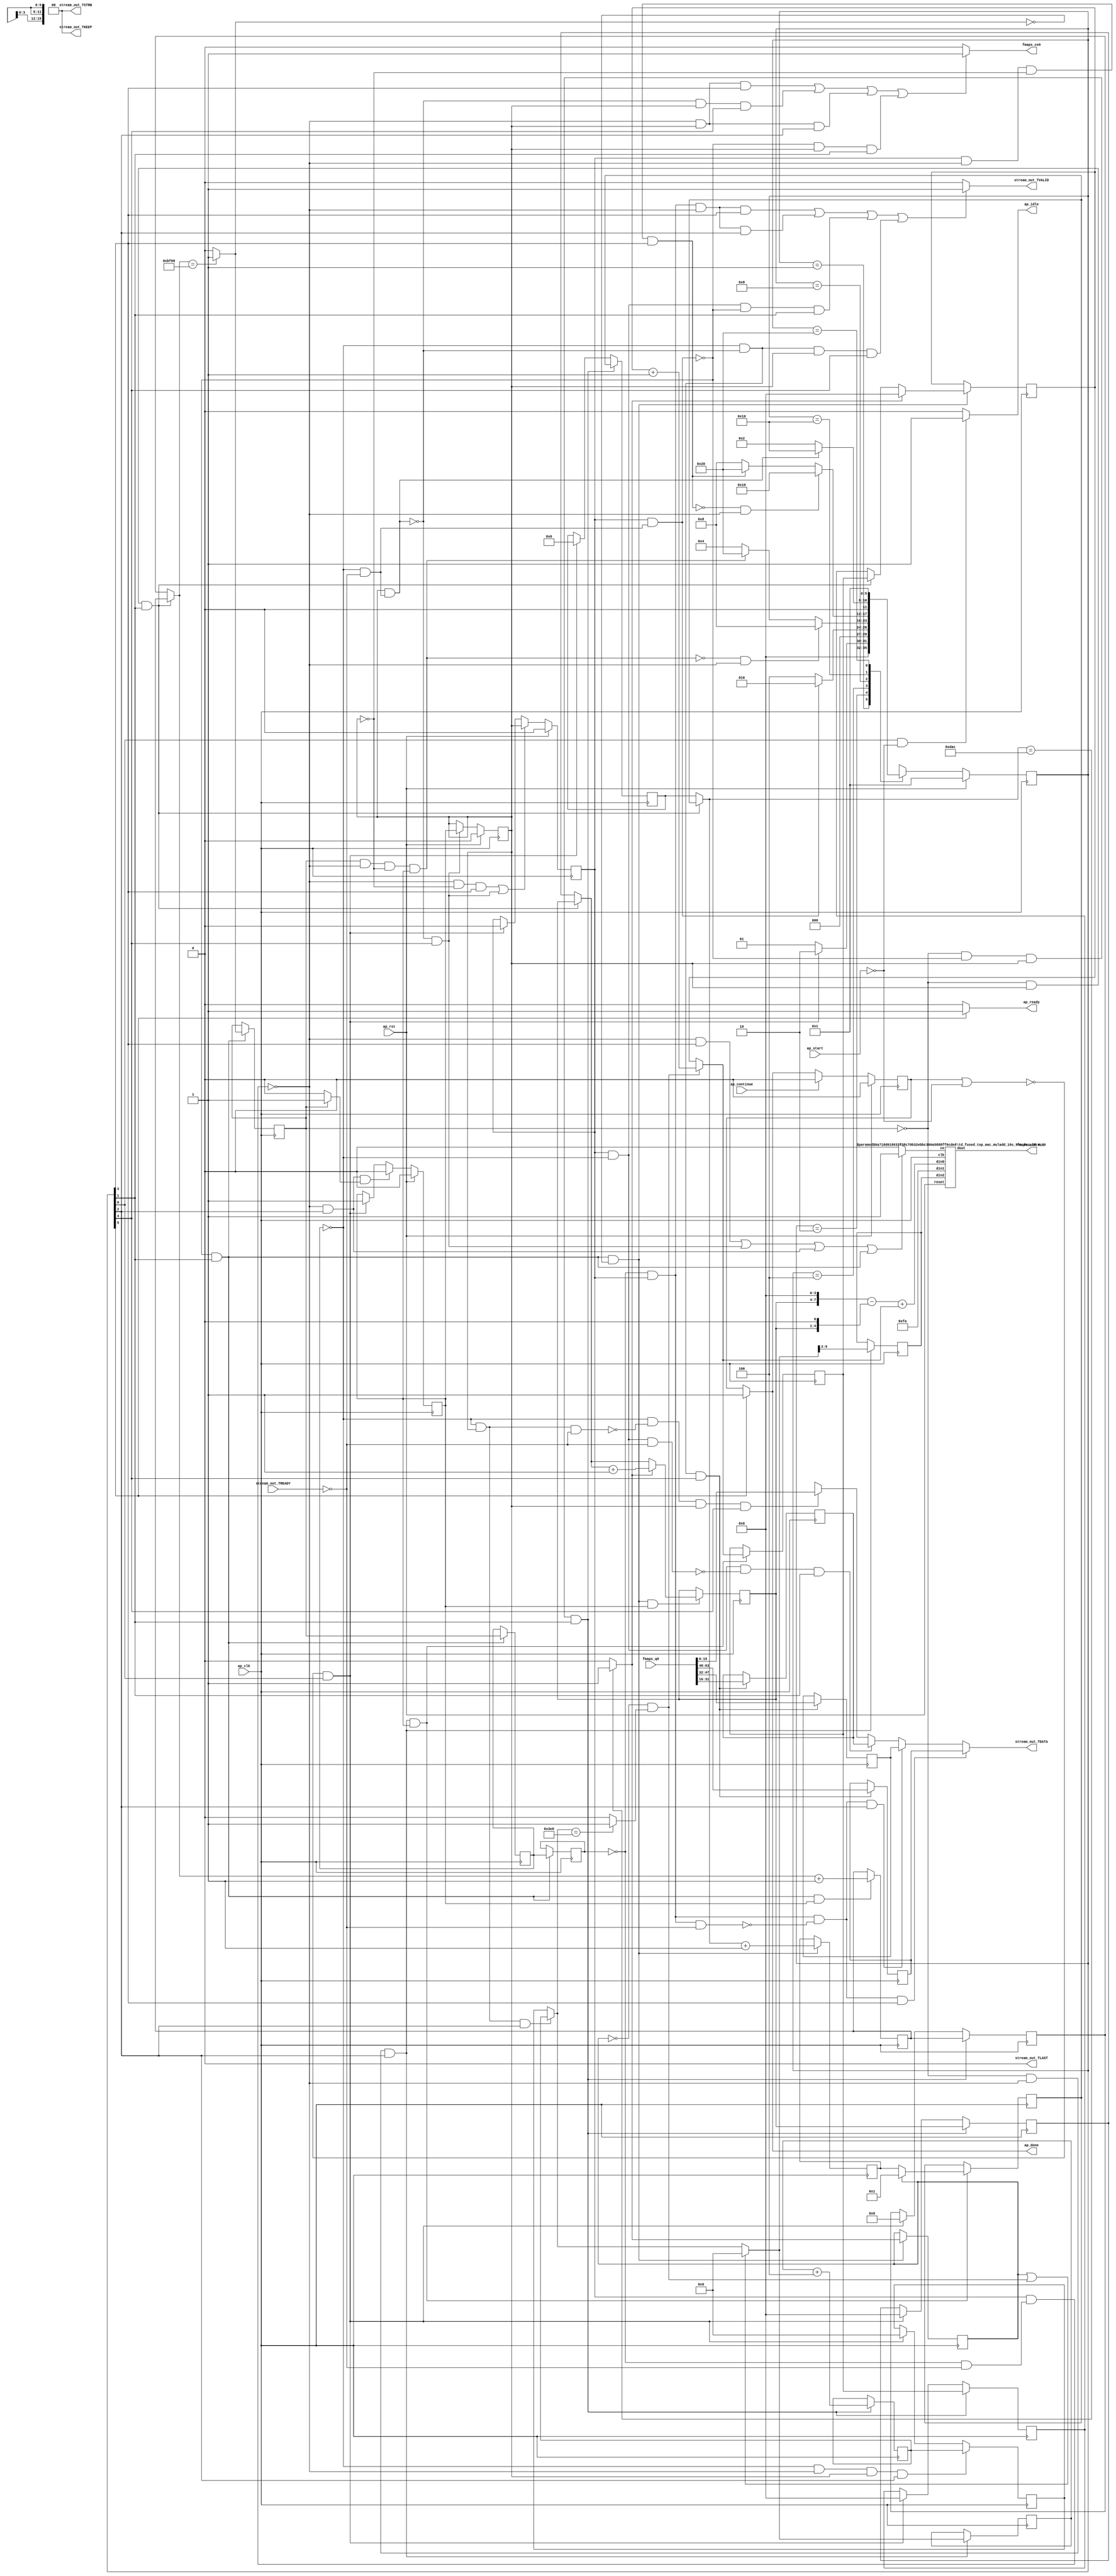
`define EXPONENT 5
`define MANTISSA 10
`define ACTUAL_MANTISSA 11
`define EXPONENT_LSB 10
`define EXPONENT_MSB 14
`define MANTISSA_LSB 0
`define MANTISSA_MSB 9
`define MANTISSA_MUL_SPLIT_LSB 3
`define MANTISSA_MUL_SPLIT_MSB 9
`define SIGN 1
`define SIGN_LOC 15
`define DWIDTH (`SIGN+`EXPONENT+`MANTISSA)
`define IEEE_COMPLIANCE 1

module td_fused_top_td_fused_axi_out (
        ap_clk,
        ap_rst,
        ap_start,
        ap_done,
        ap_continue,
        ap_idle,
        ap_ready,
        fmaps_address0,
        fmaps_ce0,
        fmaps_q0,
        stream_out_TDATA,
        stream_out_TVALID,
        stream_out_TREADY,
        stream_out_TKEEP,
        stream_out_TSTRB,
        stream_out_TLAST
);

parameter    ap_ST_fsm_state1 = 6'd1;
parameter    ap_ST_fsm_pp0_stage0 = 6'd2;
parameter    ap_ST_fsm_pp0_stage1 = 6'd4;
parameter    ap_ST_fsm_pp0_stage2 = 6'd8;
parameter    ap_ST_fsm_pp0_stage3 = 6'd16;
parameter    ap_ST_fsm_state13 = 6'd32;

input   ap_clk;
input   ap_rst;
input   ap_start;
output   ap_done;
input   ap_continue;
output   ap_idle;
output   ap_ready;
output  [15:0] fmaps_address0;
output   fmaps_ce0;
input  [63:0] fmaps_q0;
output  [15:0] stream_out_TDATA;
output   stream_out_TVALID;
input   stream_out_TREADY;
output  [1:0] stream_out_TKEEP;
output  [1:0] stream_out_TSTRB;
output  [0:0] stream_out_TLAST;

reg ap_done;
reg ap_idle;
reg ap_ready;
reg fmaps_ce0;
reg[15:0] stream_out_TDATA;
reg stream_out_TVALID;

reg    ap_done_reg;
  reg   [5:0] ap_CS_fsm;
wire    ap_CS_fsm_state1;
reg    stream_out_TDATA_blk_n;
wire    ap_CS_fsm_pp0_stage3;
reg    ap_enable_reg_pp0_iter1;
wire    ap_block_pp0_stage3;
reg   [0:0] icmp_ln17_reg_400;
reg   [0:0] icmp_ln17_reg_400_pp0_iter1_reg;
wire    ap_CS_fsm_pp0_stage0;
reg    ap_enable_reg_pp0_iter2;
wire    ap_block_pp0_stage0;
wire    ap_CS_fsm_pp0_stage1;
wire    ap_block_pp0_stage1;
reg   [0:0] icmp_ln17_reg_400_pp0_iter2_reg;
wire    ap_CS_fsm_pp0_stage2;
wire    ap_block_pp0_stage2;
reg   [15:0] indvar_flatten13_reg_134;
reg   [3:0] r_reg_145;
reg   [11:0] indvar_flatten_reg_156;
reg   [3:0] c_reg_167;
reg   [9:0] phi_ln25_reg_178;
wire   [15:0] add_ln17_1_fu_189_p2;
reg   [15:0] add_ln17_1_reg_395;
reg    ap_enable_reg_pp0_iter0;
wire    ap_block_state2_pp0_stage0_iter0;
wire    ap_block_state6_pp0_stage0_iter1;
reg    ap_block_state10_pp0_stage0_iter2;
reg    ap_block_state10_io;
reg    ap_block_pp0_stage0_11001;
wire   [0:0] icmp_ln17_fu_195_p2;
wire   [0:0] icmp_ln18_fu_207_p2;
reg   [0:0] icmp_ln18_reg_404;
wire   [3:0] select_ln17_fu_213_p3;
reg   [3:0] select_ln17_reg_411;
wire   [3:0] select_ln17_1_fu_221_p3;
reg   [3:0] select_ln17_1_reg_417;
wire   [11:0] add_ln18_1_fu_229_p2;
reg   [11:0] add_ln18_1_reg_424;
wire   [9:0] select_ln18_fu_294_p3;
reg   [9:0] select_ln18_reg_429;
wire    ap_block_state3_pp0_stage1_iter0;
wire    ap_block_state7_pp0_stage1_iter1;
reg    ap_block_state11_pp0_stage1_iter2;
reg    ap_block_state11_io;
reg    ap_block_pp0_stage1_11001;
wire   [3:0] select_ln18_1_fu_302_p3;
reg   [3:0] select_ln18_1_reg_434;
reg   [7:0] lshr_ln_reg_444;
wire   [11:0] select_ln18_2_fu_333_p3;
reg   [11:0] select_ln18_2_reg_449;
wire    ap_block_state5_pp0_stage3_iter0;
reg    ap_block_state9_pp0_stage3_iter1;
reg    ap_block_state9_io;
reg    ap_block_pp0_stage3_11001;
wire   [9:0] add_ln19_fu_346_p2;
reg   [9:0] add_ln19_reg_464;
reg   [15:0] tmp_s_reg_469;
reg   [15:0] tmp_1_reg_474;
reg   [15:0] tmp_2_reg_479;
reg    ap_block_state1;
reg    ap_block_pp0_stage1_subdone;
reg    ap_condition_pp0_exit_iter0_state3;
reg    ap_block_pp0_stage3_subdone;
wire    ap_block_state4_pp0_stage2_iter0;
wire    ap_block_state8_pp0_stage2_iter1;
reg    ap_block_state12_pp0_stage2_iter2;
reg    ap_block_state12_io;
reg    ap_block_pp0_stage2_subdone;
reg   [15:0] ap_phi_mux_indvar_flatten13_phi_fu_138_p4;
reg   [3:0] ap_phi_mux_r_phi_fu_149_p4;
reg   [11:0] ap_phi_mux_indvar_flatten_phi_fu_160_p4;
reg   [3:0] ap_phi_mux_c_phi_fu_171_p4;
reg   [9:0] ap_phi_mux_phi_ln25_phi_fu_182_p4;
wire   [63:0] zext_ln25_4_fu_342_p1;
wire   [15:0] trunc_ln25_fu_351_p1;
reg    ap_block_pp0_stage3_01001;
reg    ap_block_pp0_stage0_01001;
reg    ap_block_pp0_stage1_01001;
reg    ap_block_pp0_stage2_01001;
reg    ap_block_pp0_stage2_11001;
wire   [3:0] add_ln17_fu_201_p2;
wire   [7:0] tmp_20_fu_235_p3;
wire   [4:0] tmp_21_fu_246_p3;
wire   [8:0] zext_ln25_fu_242_p1;
wire   [8:0] zext_ln25_1_fu_253_p1;
wire   [8:0] sub_ln25_fu_257_p2;
wire   [0:0] icmp_ln19_fu_272_p2;
wire   [0:0] xor_ln17_fu_267_p2;
wire   [0:0] and_ln17_fu_278_p2;
wire   [0:0] or_ln18_fu_289_p2;
wire   [3:0] add_ln18_fu_284_p2;
wire   [9:0] sext_ln18_fu_263_p1;
wire   [9:0] zext_ln25_2_fu_309_p1;
wire   [9:0] add_ln25_fu_313_p2;
wire   [15:0] grp_fu_386_p3;
wire   [8:0] grp_fu_386_p1;
wire   [7:0] grp_fu_386_p2;
reg    grp_fu_386_ce;
wire    ap_CS_fsm_state13;
reg   [5:0] ap_NS_fsm;
reg    ap_block_pp0_stage0_subdone;
reg    ap_idle_pp0;
wire    ap_enable_pp0;
wire   [15:0] grp_fu_386_p20;
wire    ap_ce_reg;

// power-on initialization
initial begin
#0 ap_done_reg = 1'b0;
#0 ap_CS_fsm = 6'd1;
#0 ap_enable_reg_pp0_iter1 = 1'b0;
#0 ap_enable_reg_pp0_iter2 = 1'b0;
#0 ap_enable_reg_pp0_iter0 = 1'b0;
end

td_fused_top_mac_muladd_10s_9ns_8ns_16_4_1 #(
    .ID( 1 ),
    .NUM_STAGE( 4 ),
    .din0_WIDTH( 10 ),
    .din1_WIDTH( 9 ),
    .din2_WIDTH( 8 ),
    .dout_WIDTH( 16 ))
mac_muladd_10s_9ns_8ns_16_4_1_U817(
    .clk(ap_clk),
    .reset(ap_rst),
    .ce(grp_fu_386_ce),
    .din0(add_ln25_fu_313_p2),
    .din1(grp_fu_386_p1),
    .din2(grp_fu_386_p2),
    .dout(grp_fu_386_p3)
);

always @ (posedge ap_clk) begin
    if (ap_rst == 1'b1) begin
        ap_CS_fsm <= ap_ST_fsm_state1;
    end else begin
        ap_CS_fsm <= ap_NS_fsm;
    end
end

always @ (posedge ap_clk) begin
    if (ap_rst == 1'b1) begin
        ap_done_reg <= 1'b0;
    end else begin
        if ((ap_continue == 1'b1)) begin
            ap_done_reg <= 1'b0;
        end else if ((1'b1 == ap_CS_fsm_state13)) begin
            ap_done_reg <= 1'b1;
        end
    end
end

always @ (posedge ap_clk) begin
    if (ap_rst == 1'b1) begin
        ap_enable_reg_pp0_iter0 <= 1'b0;
    end else begin
        if (((1'b0 == ap_block_pp0_stage1_subdone) & (1'b1 == ap_CS_fsm_pp0_stage1) & (1'b1 == ap_condition_pp0_exit_iter0_state3))) begin
            ap_enable_reg_pp0_iter0 <= 1'b0;
        end else if ((~((ap_done_reg == 1'b1) | (ap_start == 1'b0)) & (1'b1 == ap_CS_fsm_state1))) begin
            ap_enable_reg_pp0_iter0 <= 1'b1;
        end
    end
end

always @ (posedge ap_clk) begin
    if (ap_rst == 1'b1) begin
        ap_enable_reg_pp0_iter1 <= 1'b0;
    end else begin
        if (((1'b0 == ap_block_pp0_stage3_subdone) & (1'b1 == ap_CS_fsm_pp0_stage3))) begin
            ap_enable_reg_pp0_iter1 <= ap_enable_reg_pp0_iter0;
        end
    end
end

always @ (posedge ap_clk) begin
    if (ap_rst == 1'b1) begin
        ap_enable_reg_pp0_iter2 <= 1'b0;
    end else begin
        if ((((1'b0 == ap_block_pp0_stage2_subdone) & (ap_enable_reg_pp0_iter1 == 1'b0) & (1'b1 == ap_CS_fsm_pp0_stage2)) | ((1'b0 == ap_block_pp0_stage3_subdone) & (1'b1 == ap_CS_fsm_pp0_stage3)))) begin
            ap_enable_reg_pp0_iter2 <= ap_enable_reg_pp0_iter1;
        end else if ((~((ap_done_reg == 1'b1) | (ap_start == 1'b0)) & (1'b1 == ap_CS_fsm_state1))) begin
            ap_enable_reg_pp0_iter2 <= 1'b0;
        end
    end
end

always @ (posedge ap_clk) begin
    if (((icmp_ln17_reg_400 == 1'd0) & (1'b0 == ap_block_pp0_stage0_11001) & (ap_enable_reg_pp0_iter1 == 1'b1) & (1'b1 == ap_CS_fsm_pp0_stage0))) begin
        c_reg_167 <= select_ln18_1_reg_434;
    end else if ((~((ap_done_reg == 1'b1) | (ap_start == 1'b0)) & (1'b1 == ap_CS_fsm_state1))) begin
        c_reg_167 <= 4'd0;
    end
end

always @ (posedge ap_clk) begin
    if (((icmp_ln17_reg_400 == 1'd0) & (1'b0 == ap_block_pp0_stage0_11001) & (ap_enable_reg_pp0_iter1 == 1'b1) & (1'b1 == ap_CS_fsm_pp0_stage0))) begin
        indvar_flatten13_reg_134 <= add_ln17_1_reg_395;
    end else if ((~((ap_done_reg == 1'b1) | (ap_start == 1'b0)) & (1'b1 == ap_CS_fsm_state1))) begin
        indvar_flatten13_reg_134 <= 16'd0;
    end
end

always @ (posedge ap_clk) begin
    if (((icmp_ln17_reg_400 == 1'd0) & (1'b0 == ap_block_pp0_stage0_11001) & (ap_enable_reg_pp0_iter1 == 1'b1) & (1'b1 == ap_CS_fsm_pp0_stage0))) begin
        indvar_flatten_reg_156 <= select_ln18_2_reg_449;
    end else if ((~((ap_done_reg == 1'b1) | (ap_start == 1'b0)) & (1'b1 == ap_CS_fsm_state1))) begin
        indvar_flatten_reg_156 <= 12'd0;
    end
end

always @ (posedge ap_clk) begin
    if (((icmp_ln17_reg_400_pp0_iter1_reg == 1'd0) & (1'b0 == ap_block_pp0_stage1_11001) & (ap_enable_reg_pp0_iter1 == 1'b1) & (1'b1 == ap_CS_fsm_pp0_stage1))) begin
        phi_ln25_reg_178 <= add_ln19_reg_464;
    end else if ((~((ap_done_reg == 1'b1) | (ap_start == 1'b0)) & (1'b1 == ap_CS_fsm_state1))) begin
        phi_ln25_reg_178 <= 10'd0;
    end
end

always @ (posedge ap_clk) begin
    if (((icmp_ln17_reg_400 == 1'd0) & (1'b0 == ap_block_pp0_stage0_11001) & (ap_enable_reg_pp0_iter1 == 1'b1) & (1'b1 == ap_CS_fsm_pp0_stage0))) begin
        r_reg_145 <= select_ln17_1_reg_417;
    end else if ((~((ap_done_reg == 1'b1) | (ap_start == 1'b0)) & (1'b1 == ap_CS_fsm_state1))) begin
        r_reg_145 <= 4'd0;
    end
end

always @ (posedge ap_clk) begin
    if (((1'b0 == ap_block_pp0_stage0_11001) & (1'b1 == ap_CS_fsm_pp0_stage0) & (ap_enable_reg_pp0_iter0 == 1'b1))) begin
        add_ln17_1_reg_395 <= add_ln17_1_fu_189_p2;
    end
end

always @ (posedge ap_clk) begin
    if (((1'b0 == ap_block_pp0_stage0_11001) & (1'b1 == ap_CS_fsm_pp0_stage0) & (icmp_ln17_fu_195_p2 == 1'd0))) begin
        add_ln18_1_reg_424 <= add_ln18_1_fu_229_p2;
        icmp_ln18_reg_404 <= icmp_ln18_fu_207_p2;
        select_ln17_reg_411 <= select_ln17_fu_213_p3;
    end
end

always @ (posedge ap_clk) begin
    if (((icmp_ln17_reg_400 == 1'd0) & (1'b0 == ap_block_pp0_stage0_11001) & (ap_enable_reg_pp0_iter1 == 1'b1) & (1'b1 == ap_CS_fsm_pp0_stage0))) begin
        add_ln19_reg_464 <= add_ln19_fu_346_p2;
    end
end

always @ (posedge ap_clk) begin
    if (((1'b0 == ap_block_pp0_stage0_11001) & (1'b1 == ap_CS_fsm_pp0_stage0))) begin
        icmp_ln17_reg_400 <= icmp_ln17_fu_195_p2;
        icmp_ln17_reg_400_pp0_iter1_reg <= icmp_ln17_reg_400;
        icmp_ln17_reg_400_pp0_iter2_reg <= icmp_ln17_reg_400_pp0_iter1_reg;
    end
end

always @ (posedge ap_clk) begin
    if (((icmp_ln17_reg_400 == 1'd0) & (1'b0 == ap_block_pp0_stage1_11001) & (1'b1 == ap_CS_fsm_pp0_stage1))) begin
        lshr_ln_reg_444 <= {{select_ln18_fu_294_p3[9:2]}};
        select_ln18_reg_429 <= select_ln18_fu_294_p3;
    end
end

always @ (posedge ap_clk) begin
    if (((1'b0 == ap_block_pp0_stage0_11001) & (1'b1 == ap_CS_fsm_pp0_stage0) & (icmp_ln17_fu_195_p2 == 1'd0) & (ap_enable_reg_pp0_iter0 == 1'b1))) begin
        select_ln17_1_reg_417 <= select_ln17_1_fu_221_p3;
    end
end

always @ (posedge ap_clk) begin
    if (((icmp_ln17_reg_400 == 1'd0) & (1'b0 == ap_block_pp0_stage1_11001) & (1'b1 == ap_CS_fsm_pp0_stage1) & (ap_enable_reg_pp0_iter0 == 1'b1))) begin
        select_ln18_1_reg_434 <= select_ln18_1_fu_302_p3;
        select_ln18_2_reg_449 <= select_ln18_2_fu_333_p3;
    end
end

always @ (posedge ap_clk) begin
    if (((icmp_ln17_reg_400_pp0_iter1_reg == 1'd0) & (1'b0 == ap_block_pp0_stage3_11001) & (1'b1 == ap_CS_fsm_pp0_stage3))) begin
        tmp_1_reg_474 <= {{fmaps_q0[47:32]}};
        tmp_2_reg_479 <= {{fmaps_q0[63:48]}};
        tmp_s_reg_469 <= {{fmaps_q0[31:16]}};
    end
end

always @ (*) begin
    if ((icmp_ln17_reg_400 == 1'd1)) begin
        ap_condition_pp0_exit_iter0_state3 = 1'b1;
    end else begin
        ap_condition_pp0_exit_iter0_state3 = 1'b0;
    end
end

always @ (*) begin
    if ((1'b1 == ap_CS_fsm_state13)) begin
        ap_done = 1'b1;
    end else begin
        ap_done = ap_done_reg;
    end
end

always @ (*) begin
    if (((1'b1 == ap_CS_fsm_state1) & (ap_start == 1'b0))) begin
        ap_idle = 1'b1;
    end else begin
        ap_idle = 1'b0;
    end
end

always @ (*) begin
    if (((ap_enable_reg_pp0_iter2 == 1'b0) & (ap_enable_reg_pp0_iter1 == 1'b0) & (ap_enable_reg_pp0_iter0 == 1'b0))) begin
        ap_idle_pp0 = 1'b1;
    end else begin
        ap_idle_pp0 = 1'b0;
    end
end

always @ (*) begin
    if (((icmp_ln17_reg_400 == 1'd0) & (1'b0 == ap_block_pp0_stage0) & (ap_enable_reg_pp0_iter1 == 1'b1) & (1'b1 == ap_CS_fsm_pp0_stage0))) begin
        ap_phi_mux_c_phi_fu_171_p4 = select_ln18_1_reg_434;
    end else begin
        ap_phi_mux_c_phi_fu_171_p4 = c_reg_167;
    end
end

always @ (*) begin
    if (((icmp_ln17_reg_400 == 1'd0) & (1'b0 == ap_block_pp0_stage0) & (ap_enable_reg_pp0_iter1 == 1'b1) & (1'b1 == ap_CS_fsm_pp0_stage0))) begin
        ap_phi_mux_indvar_flatten13_phi_fu_138_p4 = add_ln17_1_reg_395;
    end else begin
        ap_phi_mux_indvar_flatten13_phi_fu_138_p4 = indvar_flatten13_reg_134;
    end
end

always @ (*) begin
    if (((icmp_ln17_reg_400 == 1'd0) & (1'b0 == ap_block_pp0_stage0) & (ap_enable_reg_pp0_iter1 == 1'b1) & (1'b1 == ap_CS_fsm_pp0_stage0))) begin
        ap_phi_mux_indvar_flatten_phi_fu_160_p4 = select_ln18_2_reg_449;
    end else begin
        ap_phi_mux_indvar_flatten_phi_fu_160_p4 = indvar_flatten_reg_156;
    end
end

always @ (*) begin
    if (((icmp_ln17_reg_400_pp0_iter1_reg == 1'd0) & (1'b0 == ap_block_pp0_stage1) & (ap_enable_reg_pp0_iter1 == 1'b1) & (1'b1 == ap_CS_fsm_pp0_stage1))) begin
        ap_phi_mux_phi_ln25_phi_fu_182_p4 = add_ln19_reg_464;
    end else begin
        ap_phi_mux_phi_ln25_phi_fu_182_p4 = phi_ln25_reg_178;
    end
end

always @ (*) begin
    if (((icmp_ln17_reg_400 == 1'd0) & (1'b0 == ap_block_pp0_stage0) & (ap_enable_reg_pp0_iter1 == 1'b1) & (1'b1 == ap_CS_fsm_pp0_stage0))) begin
        ap_phi_mux_r_phi_fu_149_p4 = select_ln17_1_reg_417;
    end else begin
        ap_phi_mux_r_phi_fu_149_p4 = r_reg_145;
    end
end

always @ (*) begin
    if ((1'b1 == ap_CS_fsm_state13)) begin
        ap_ready = 1'b1;
    end else begin
        ap_ready = 1'b0;
    end
end

always @ (*) begin
    if ((((1'b0 == ap_block_pp0_stage2_11001) & (ap_enable_reg_pp0_iter1 == 1'b1) & (1'b1 == ap_CS_fsm_pp0_stage2)) | ((1'b0 == ap_block_pp0_stage3_11001) & (ap_enable_reg_pp0_iter1 == 1'b1) & (1'b1 == ap_CS_fsm_pp0_stage3)) | ((1'b0 == ap_block_pp0_stage1_11001) & (ap_enable_reg_pp0_iter1 == 1'b1) & (1'b1 == ap_CS_fsm_pp0_stage1)) | ((1'b0 == ap_block_pp0_stage0_11001) & (ap_enable_reg_pp0_iter1 == 1'b1) & (1'b1 == ap_CS_fsm_pp0_stage0)))) begin
        fmaps_ce0 = 1'b1;
    end else begin
        fmaps_ce0 = 1'b0;
    end
end

always @ (*) begin
    if ((((1'b0 == ap_block_pp0_stage2_11001) & (1'b1 == ap_CS_fsm_pp0_stage2)) | ((1'b0 == ap_block_pp0_stage3_11001) & (1'b1 == ap_CS_fsm_pp0_stage3)) | ((1'b0 == ap_block_pp0_stage1_11001) & (1'b1 == ap_CS_fsm_pp0_stage1)) | ((1'b0 == ap_block_pp0_stage0_11001) & (1'b1 == ap_CS_fsm_pp0_stage0)))) begin
        grp_fu_386_ce = 1'b1;
    end else begin
        grp_fu_386_ce = 1'b0;
    end
end

always @ (*) begin
    if (((icmp_ln17_reg_400_pp0_iter2_reg == 1'd0) & (ap_enable_reg_pp0_iter2 == 1'b1) & (1'b0 == ap_block_pp0_stage2_01001) & (1'b1 == ap_CS_fsm_pp0_stage2))) begin
        stream_out_TDATA = tmp_2_reg_479;
    end else if (((icmp_ln17_reg_400_pp0_iter2_reg == 1'd0) & (ap_enable_reg_pp0_iter2 == 1'b1) & (1'b0 == ap_block_pp0_stage1_01001) & (1'b1 == ap_CS_fsm_pp0_stage1))) begin
        stream_out_TDATA = tmp_1_reg_474;
    end else if (((ap_enable_reg_pp0_iter2 == 1'b1) & (icmp_ln17_reg_400_pp0_iter1_reg == 1'd0) & (1'b0 == ap_block_pp0_stage0_01001) & (1'b1 == ap_CS_fsm_pp0_stage0))) begin
        stream_out_TDATA = tmp_s_reg_469;
    end else if (((icmp_ln17_reg_400_pp0_iter1_reg == 1'd0) & (1'b0 == ap_block_pp0_stage3_01001) & (ap_enable_reg_pp0_iter1 == 1'b1) & (1'b1 == ap_CS_fsm_pp0_stage3))) begin
        stream_out_TDATA = trunc_ln25_fu_351_p1;
    end else begin
        stream_out_TDATA = 'bx;
    end
end

always @ (*) begin
    if ((((icmp_ln17_reg_400_pp0_iter2_reg == 1'd0) & (ap_enable_reg_pp0_iter2 == 1'b1) & (1'b0 == ap_block_pp0_stage2) & (1'b1 == ap_CS_fsm_pp0_stage2)) | ((icmp_ln17_reg_400_pp0_iter2_reg == 1'd0) & (ap_enable_reg_pp0_iter2 == 1'b1) & (1'b0 == ap_block_pp0_stage1) & (1'b1 == ap_CS_fsm_pp0_stage1)) | ((ap_enable_reg_pp0_iter2 == 1'b1) & (icmp_ln17_reg_400_pp0_iter1_reg == 1'd0) & (1'b0 == ap_block_pp0_stage0) & (1'b1 == ap_CS_fsm_pp0_stage0)) | ((icmp_ln17_reg_400_pp0_iter1_reg == 1'd0) & (1'b0 == ap_block_pp0_stage3) & (ap_enable_reg_pp0_iter1 == 1'b1) & (1'b1 == ap_CS_fsm_pp0_stage3)))) begin
        stream_out_TDATA_blk_n = stream_out_TREADY;
    end else begin
        stream_out_TDATA_blk_n = 1'b1;
    end
end

always @ (*) begin
    if ((((icmp_ln17_reg_400_pp0_iter2_reg == 1'd0) & (ap_enable_reg_pp0_iter2 == 1'b1) & (1'b0 == ap_block_pp0_stage2_11001) & (1'b1 == ap_CS_fsm_pp0_stage2)) | ((icmp_ln17_reg_400_pp0_iter2_reg == 1'd0) & (ap_enable_reg_pp0_iter2 == 1'b1) & (1'b0 == ap_block_pp0_stage1_11001) & (1'b1 == ap_CS_fsm_pp0_stage1)) | ((ap_enable_reg_pp0_iter2 == 1'b1) & (icmp_ln17_reg_400_pp0_iter1_reg == 1'd0) & (1'b0 == ap_block_pp0_stage0_11001) & (1'b1 == ap_CS_fsm_pp0_stage0)) | ((icmp_ln17_reg_400_pp0_iter1_reg == 1'd0) & (1'b0 == ap_block_pp0_stage3_11001) & (ap_enable_reg_pp0_iter1 == 1'b1) & (1'b1 == ap_CS_fsm_pp0_stage3)))) begin
        stream_out_TVALID = 1'b1;
    end else begin
        stream_out_TVALID = 1'b0;
    end
end

always @ (*) begin
    case (ap_CS_fsm)
        ap_ST_fsm_state1 : begin
            if ((~((ap_done_reg == 1'b1) | (ap_start == 1'b0)) & (1'b1 == ap_CS_fsm_state1))) begin
                ap_NS_fsm = ap_ST_fsm_pp0_stage0;
            end else begin
                ap_NS_fsm = ap_ST_fsm_state1;
            end
        end
        ap_ST_fsm_pp0_stage0 : begin
            if ((1'b0 == ap_block_pp0_stage0_subdone)) begin
                ap_NS_fsm = ap_ST_fsm_pp0_stage1;
            end else begin
                ap_NS_fsm = ap_ST_fsm_pp0_stage0;
            end
        end
        ap_ST_fsm_pp0_stage1 : begin
            if ((~((icmp_ln17_reg_400 == 1'd1) & (1'b0 == ap_block_pp0_stage1_subdone) & (ap_enable_reg_pp0_iter1 == 1'b0) & (ap_enable_reg_pp0_iter0 == 1'b1)) & (1'b0 == ap_block_pp0_stage1_subdone))) begin
                ap_NS_fsm = ap_ST_fsm_pp0_stage2;
            end else if (((icmp_ln17_reg_400 == 1'd1) & (1'b0 == ap_block_pp0_stage1_subdone) & (ap_enable_reg_pp0_iter1 == 1'b0) & (ap_enable_reg_pp0_iter0 == 1'b1))) begin
                ap_NS_fsm = ap_ST_fsm_state13;
            end else begin
                ap_NS_fsm = ap_ST_fsm_pp0_stage1;
            end
        end
        ap_ST_fsm_pp0_stage2 : begin
            if ((~((ap_enable_reg_pp0_iter2 == 1'b1) & (1'b0 == ap_block_pp0_stage2_subdone) & (ap_enable_reg_pp0_iter1 == 1'b0) & (1'b1 == ap_CS_fsm_pp0_stage2)) & (1'b0 == ap_block_pp0_stage2_subdone))) begin
                ap_NS_fsm = ap_ST_fsm_pp0_stage3;
            end else if (((ap_enable_reg_pp0_iter2 == 1'b1) & (1'b0 == ap_block_pp0_stage2_subdone) & (ap_enable_reg_pp0_iter1 == 1'b0) & (1'b1 == ap_CS_fsm_pp0_stage2))) begin
                ap_NS_fsm = ap_ST_fsm_state13;
            end else begin
                ap_NS_fsm = ap_ST_fsm_pp0_stage2;
            end
        end
        ap_ST_fsm_pp0_stage3 : begin
            if ((1'b0 == ap_block_pp0_stage3_subdone)) begin
                ap_NS_fsm = ap_ST_fsm_pp0_stage0;
            end else begin
                ap_NS_fsm = ap_ST_fsm_pp0_stage3;
            end
        end
        ap_ST_fsm_state13 : begin
            ap_NS_fsm = ap_ST_fsm_state1;
        end
        default : begin
            ap_NS_fsm = 'bx;
        end
    endcase
end

assign add_ln17_1_fu_189_p2 = (ap_phi_mux_indvar_flatten13_phi_fu_138_p4 + 16'd1);

assign add_ln17_fu_201_p2 = (ap_phi_mux_r_phi_fu_149_p4 + 4'd1);

assign add_ln18_1_fu_229_p2 = (ap_phi_mux_indvar_flatten_phi_fu_160_p4 + 12'd1);

assign add_ln18_fu_284_p2 = (select_ln17_reg_411 + 4'd1);

assign add_ln19_fu_346_p2 = (select_ln18_reg_429 + 10'd4);

assign add_ln25_fu_313_p2 = ((sext_ln18_fu_263_p1) + (zext_ln25_2_fu_309_p1));

assign and_ln17_fu_278_p2 = (xor_ln17_fu_267_p2 & icmp_ln19_fu_272_p2);

assign ap_CS_fsm_pp0_stage0 = ap_CS_fsm[32'd1];

assign ap_CS_fsm_pp0_stage1 = ap_CS_fsm[32'd2];

assign ap_CS_fsm_pp0_stage2 = ap_CS_fsm[32'd3];

assign ap_CS_fsm_pp0_stage3 = ap_CS_fsm[32'd4];

assign ap_CS_fsm_state1 = ap_CS_fsm[32'd0];

assign ap_CS_fsm_state13 = ap_CS_fsm[32'd5];

assign ap_block_pp0_stage0 = ~(1'b1 == 1'b1);

always @ (*) begin
    ap_block_pp0_stage0_01001 = ((ap_enable_reg_pp0_iter2 == 1'b1) & (icmp_ln17_reg_400_pp0_iter1_reg == 1'd0) & (stream_out_TREADY == 1'b0));
end

always @ (*) begin
    ap_block_pp0_stage0_11001 = ((ap_enable_reg_pp0_iter2 == 1'b1) & ((1'b1 == ap_block_state10_io) | ((icmp_ln17_reg_400_pp0_iter1_reg == 1'd0) & (stream_out_TREADY == 1'b0))));
end

always @ (*) begin
    ap_block_pp0_stage0_subdone = ((ap_enable_reg_pp0_iter2 == 1'b1) & ((1'b1 == ap_block_state10_io) | ((icmp_ln17_reg_400_pp0_iter1_reg == 1'd0) & (stream_out_TREADY == 1'b0))));
end

assign ap_block_pp0_stage1 = ~(1'b1 == 1'b1);

always @ (*) begin
    ap_block_pp0_stage1_01001 = ((icmp_ln17_reg_400_pp0_iter2_reg == 1'd0) & (ap_enable_reg_pp0_iter2 == 1'b1) & (stream_out_TREADY == 1'b0));
end

always @ (*) begin
    ap_block_pp0_stage1_11001 = ((ap_enable_reg_pp0_iter2 == 1'b1) & ((1'b1 == ap_block_state11_io) | ((icmp_ln17_reg_400_pp0_iter2_reg == 1'd0) & (stream_out_TREADY == 1'b0))));
end

always @ (*) begin
    ap_block_pp0_stage1_subdone = ((ap_enable_reg_pp0_iter2 == 1'b1) & ((1'b1 == ap_block_state11_io) | ((icmp_ln17_reg_400_pp0_iter2_reg == 1'd0) & (stream_out_TREADY == 1'b0))));
end

assign ap_block_pp0_stage2 = ~(1'b1 == 1'b1);

always @ (*) begin
    ap_block_pp0_stage2_01001 = ((icmp_ln17_reg_400_pp0_iter2_reg == 1'd0) & (ap_enable_reg_pp0_iter2 == 1'b1) & (stream_out_TREADY == 1'b0));
end

always @ (*) begin
    ap_block_pp0_stage2_11001 = ((ap_enable_reg_pp0_iter2 == 1'b1) & ((1'b1 == ap_block_state12_io) | ((icmp_ln17_reg_400_pp0_iter2_reg == 1'd0) & (stream_out_TREADY == 1'b0))));
end

always @ (*) begin
    ap_block_pp0_stage2_subdone = ((ap_enable_reg_pp0_iter2 == 1'b1) & ((1'b1 == ap_block_state12_io) | ((icmp_ln17_reg_400_pp0_iter2_reg == 1'd0) & (stream_out_TREADY == 1'b0))));
end

assign ap_block_pp0_stage3 = ~(1'b1 == 1'b1);

always @ (*) begin
    ap_block_pp0_stage3_01001 = ((icmp_ln17_reg_400_pp0_iter1_reg == 1'd0) & (ap_enable_reg_pp0_iter1 == 1'b1) & (stream_out_TREADY == 1'b0));
end

always @ (*) begin
    ap_block_pp0_stage3_11001 = ((ap_enable_reg_pp0_iter1 == 1'b1) & ((1'b1 == ap_block_state9_io) | ((icmp_ln17_reg_400_pp0_iter1_reg == 1'd0) & (stream_out_TREADY == 1'b0))));
end

always @ (*) begin
    ap_block_pp0_stage3_subdone = ((ap_enable_reg_pp0_iter1 == 1'b1) & ((1'b1 == ap_block_state9_io) | ((icmp_ln17_reg_400_pp0_iter1_reg == 1'd0) & (stream_out_TREADY == 1'b0))));
end

always @ (*) begin
    ap_block_state1 = ((ap_done_reg == 1'b1) | (ap_start == 1'b0));
end

always @ (*) begin
    ap_block_state10_io = ((icmp_ln17_reg_400_pp0_iter1_reg == 1'd0) & (stream_out_TREADY == 1'b0));
end

always @ (*) begin
    ap_block_state10_pp0_stage0_iter2 = ((icmp_ln17_reg_400_pp0_iter1_reg == 1'd0) & (stream_out_TREADY == 1'b0));
end

always @ (*) begin
    ap_block_state11_io = ((icmp_ln17_reg_400_pp0_iter2_reg == 1'd0) & (stream_out_TREADY == 1'b0));
end

always @ (*) begin
    ap_block_state11_pp0_stage1_iter2 = ((icmp_ln17_reg_400_pp0_iter2_reg == 1'd0) & (stream_out_TREADY == 1'b0));
end

always @ (*) begin
    ap_block_state12_io = ((icmp_ln17_reg_400_pp0_iter2_reg == 1'd0) & (stream_out_TREADY == 1'b0));
end

always @ (*) begin
    ap_block_state12_pp0_stage2_iter2 = ((icmp_ln17_reg_400_pp0_iter2_reg == 1'd0) & (stream_out_TREADY == 1'b0));
end

assign ap_block_state2_pp0_stage0_iter0 = ~(1'b1 == 1'b1);

assign ap_block_state3_pp0_stage1_iter0 = ~(1'b1 == 1'b1);

assign ap_block_state4_pp0_stage2_iter0 = ~(1'b1 == 1'b1);

assign ap_block_state5_pp0_stage3_iter0 = ~(1'b1 == 1'b1);

assign ap_block_state6_pp0_stage0_iter1 = ~(1'b1 == 1'b1);

assign ap_block_state7_pp0_stage1_iter1 = ~(1'b1 == 1'b1);

assign ap_block_state8_pp0_stage2_iter1 = ~(1'b1 == 1'b1);

always @ (*) begin
    ap_block_state9_io = ((icmp_ln17_reg_400_pp0_iter1_reg == 1'd0) & (stream_out_TREADY == 1'b0));
end

always @ (*) begin
    ap_block_state9_pp0_stage3_iter1 = ((icmp_ln17_reg_400_pp0_iter1_reg == 1'd0) & (stream_out_TREADY == 1'b0));
end

assign ap_enable_pp0 = (ap_idle_pp0 ^ 1'b1);

assign fmaps_address0 = zext_ln25_4_fu_342_p1;

assign grp_fu_386_p1 = 16'd250;

assign grp_fu_386_p2 = grp_fu_386_p20;

assign grp_fu_386_p20 = lshr_ln_reg_444;

assign icmp_ln17_fu_195_p2 = ((ap_phi_mux_indvar_flatten13_phi_fu_138_p4 == 16'd49000) ? 1'b1 : 1'b0);

assign icmp_ln18_fu_207_p2 = ((ap_phi_mux_indvar_flatten_phi_fu_160_p4 == 12'd3500) ? 1'b1 : 1'b0);

assign icmp_ln19_fu_272_p2 = ((ap_phi_mux_phi_ln25_phi_fu_182_p4 == 10'd1000) ? 1'b1 : 1'b0);

assign or_ln18_fu_289_p2 = (icmp_ln18_reg_404 | and_ln17_fu_278_p2);

assign select_ln17_1_fu_221_p3 = ((icmp_ln18_fu_207_p2[0:0] == 1'b1) ? add_ln17_fu_201_p2 : ap_phi_mux_r_phi_fu_149_p4);

assign select_ln17_fu_213_p3 = ((icmp_ln18_fu_207_p2[0:0] == 1'b1) ? 4'd0 : ap_phi_mux_c_phi_fu_171_p4);

assign select_ln18_1_fu_302_p3 = ((and_ln17_fu_278_p2[0:0] == 1'b1) ? add_ln18_fu_284_p2 : select_ln17_reg_411);

assign select_ln18_2_fu_333_p3 = ((icmp_ln18_reg_404[0:0] == 1'b1) ? 12'd1 : add_ln18_1_reg_424);

assign select_ln18_fu_294_p3 = ((or_ln18_fu_289_p2[0:0] == 1'b1) ? 10'd0 : ap_phi_mux_phi_ln25_phi_fu_182_p4);

assign sext_ln18_fu_263_p1 = (sub_ln25_fu_257_p2);

assign stream_out_TKEEP = 2'd0;

assign stream_out_TLAST = 1'd0;

assign stream_out_TSTRB = 2'd0;

assign sub_ln25_fu_257_p2 = (zext_ln25_fu_242_p1 - zext_ln25_1_fu_253_p1);

assign tmp_20_fu_235_p3 = {{select_ln17_1_reg_417}, {4'd0}};

assign tmp_21_fu_246_p3 = {{select_ln17_1_reg_417}, {1'd0}};

assign trunc_ln25_fu_351_p1 = fmaps_q0[15:0];

assign xor_ln17_fu_267_p2 = (icmp_ln18_reg_404 ^ 1'd1);

assign zext_ln25_1_fu_253_p1 = tmp_21_fu_246_p3;

assign zext_ln25_2_fu_309_p1 = select_ln18_1_fu_302_p3;

assign zext_ln25_4_fu_342_p1 = (grp_fu_386_p3);

assign zext_ln25_fu_242_p1 = tmp_20_fu_235_p3;

endmodule //td_fused_top_td_fused_axi_out
module td_fused_top_mac_muladd_10s_9ns_8ns_16_4_1(
    clk,
    reset,
    ce,
    din0,
    din1,
    din2,
    dout);

parameter ID = 32'd1;
parameter NUM_STAGE = 32'd1;
parameter din0_WIDTH = 32'd1;
parameter din1_WIDTH = 32'd1;
parameter din2_WIDTH = 32'd1;
parameter dout_WIDTH = 32'd1;
input clk;
input reset;
input ce;
input[din0_WIDTH - 1:0] din0;
input[din1_WIDTH - 1:0] din1;
input[din2_WIDTH - 1:0] din2;
output[dout_WIDTH - 1:0] dout;



td_fused_top_mac_muladd_10s_9ns_8ns_16_4_1_DSP48_0 td_fused_top_mac_muladd_10s_9ns_8ns_16_4_1_DSP48_0_U(
    .clk( clk ),
    .rst( reset ),
    .ce( ce ),
    .in0( din0 ),
    .in1( din1 ),
    .in2( din2 ),
    .dout( dout )
);

endmodule
  module td_fused_top_mac_muladd_10s_9ns_8ns_16_4_1_DSP48_0(
    input clk,
    input rst,
    input ce,
    input  [10 - 1:0] in0,
    input  [9 - 1:0] in1,
    input  [8 - 1:0] in2,
    output [16 - 1:0]  dout);

wire  [27 - 1:0]     a;
wire  [18 - 1:0]     b;
wire  [48 - 1:0]     c;
wire  [45 - 1:0]     m;
wire  [48 - 1:0]     p;
reg   [45 - 1:0]     m_reg;
reg   [27 - 1:0]     a_reg;
reg   [18 - 1:0]     b_reg;
reg   [48 - 1:0]     p_reg;

assign a  = (in0);
assign b  = (in1);
assign c  = (in2);

assign m  = a_reg * b_reg;
assign p  = m_reg + c;

always @(posedge clk) begin
    if (ce) begin
        m_reg  <= m;
        a_reg  <= a;
        b_reg  <= b;
        p_reg  <= p;
    end
end

assign dout = p_reg;

endmodule